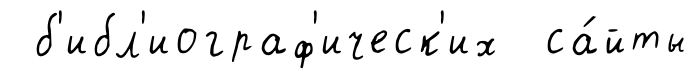
б'ибл'иограф'ическ'их са́йты